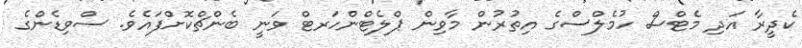
ކެދީރާ އަދި މެޓްސް ހުމެލްސްގެ އިތުރުން މާވިން ޕްލެޓްންހަރޓް ވަނީ ބެންޗްކޮށްފައެވެ. ސްވިޑެންގެ